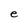
Character: e